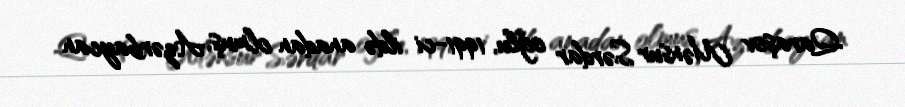
Qaraşov Mənsur Sərdar oğlu, 1991-ci ildə anadan olmuş, Azərbaycan